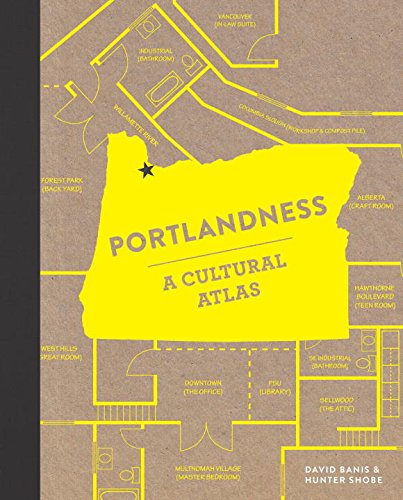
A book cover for Portlandness: A Cultural Atlas; David Banis; Science & Math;